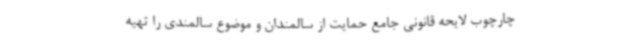
چارچوب لایحه قانونی جامع حمایت از سالمندان و موضوع سالمندی را تهیه